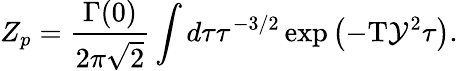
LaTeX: {Z_{p}}={\frac{\Gamma(0)}{2\pi\sqrt{2}}}\int d\tau{\tau^{-3/2}}\exp\left(-\mathrm{T}{\mathcal{Y}^{2}}\tau\right).